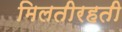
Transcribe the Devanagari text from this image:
मिलतीरहती